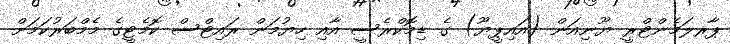
ޕާރލަމެންޓްރީ ޔޫނިއަން (އައިޕީޔޫ) ގެ ޑިމޮކްރެސީ އާއި ހިޔުމަން ރައިޓްސް ކޮމެޓީގެ މެމްބަރުކަމަށް